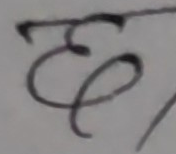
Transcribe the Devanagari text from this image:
छ